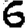
Digit: 6